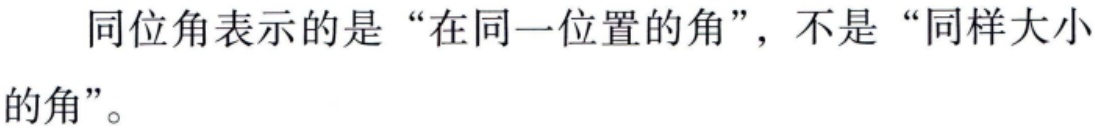
同位角表示的是“在同一位置的角”，不是“同样大小的角”。